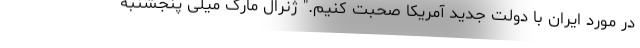
در مورد ایران با دولت جدید آمریکا صحبت کنیم." ژنرال مارک میلی پنجشنبه